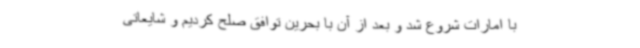
با امارات شروع شد و بعد از آن با بحرین توافق صلح کردیم و شایعاتی